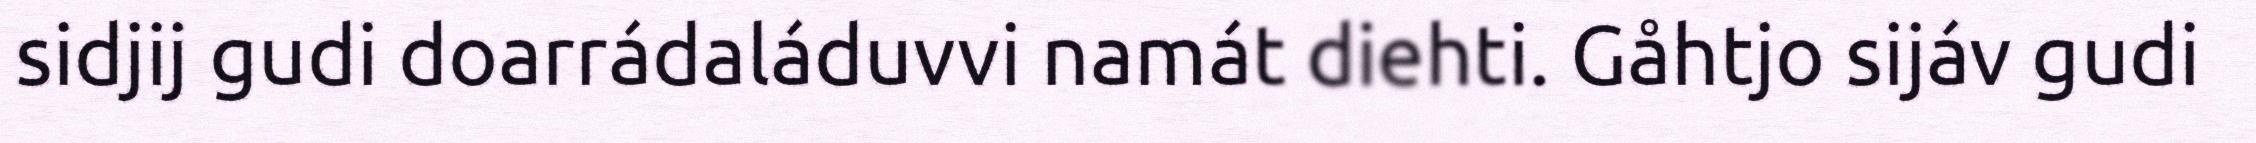
sidjij gudi doarrádaláduvvi namát diehti. Gåhtjo sijáv gudi